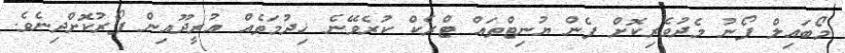
މޯބައިލް ފޯނު މެދުވެރިކޮށް ފެން ޔުނިޓްތައް ޓްރެކް ކުރެވޭނެ ޚިދުމަތެއް އުރީދޫއިން ފޯރުކޮށްދިނެވެ.